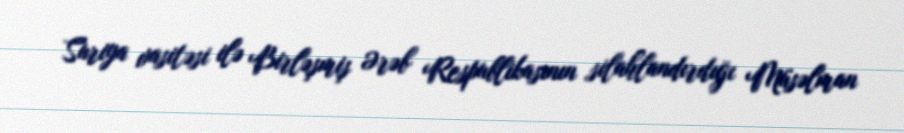
Suriya vasitəsi ilə Birləşmiş Ərəb Respublikasının silahlandırdığı Müsəlman